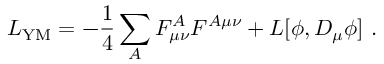
{ \cal L } _ { \mathrm { Y M } } = - \frac { 1 } { 4 } \sum _ { A } F _ { \mu \nu } ^ { A } F ^ { A \mu \nu } + { \cal L } [ \phi , D _ { \mu } \phi ] ~ .